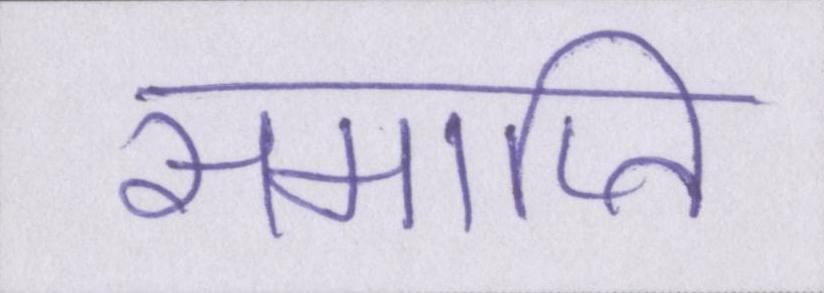
समाप्ति